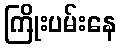
ကြိုးပမ်းနေ